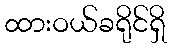
ထားဝယ်ခရိုင်ရှိ